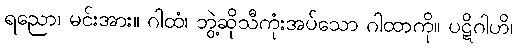
ရညော၊ မင်းအား။ ဂါထံ၊ ဘွဲ့ဆိုသီကုံးအပ်သော ဂါထာကို။ ပဋိဂါဟိ၊